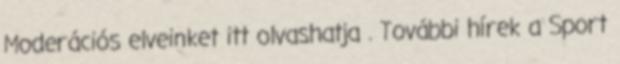
Moderációs elveinket itt olvashatja . További hírek a Sport